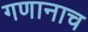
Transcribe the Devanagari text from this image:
गणानाच